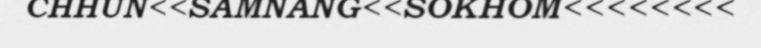
CHHUN<<SAMNANG<<SOKHOM<<<<<<<<